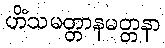
ဟိံသမတ္တာနမတ္တနာ